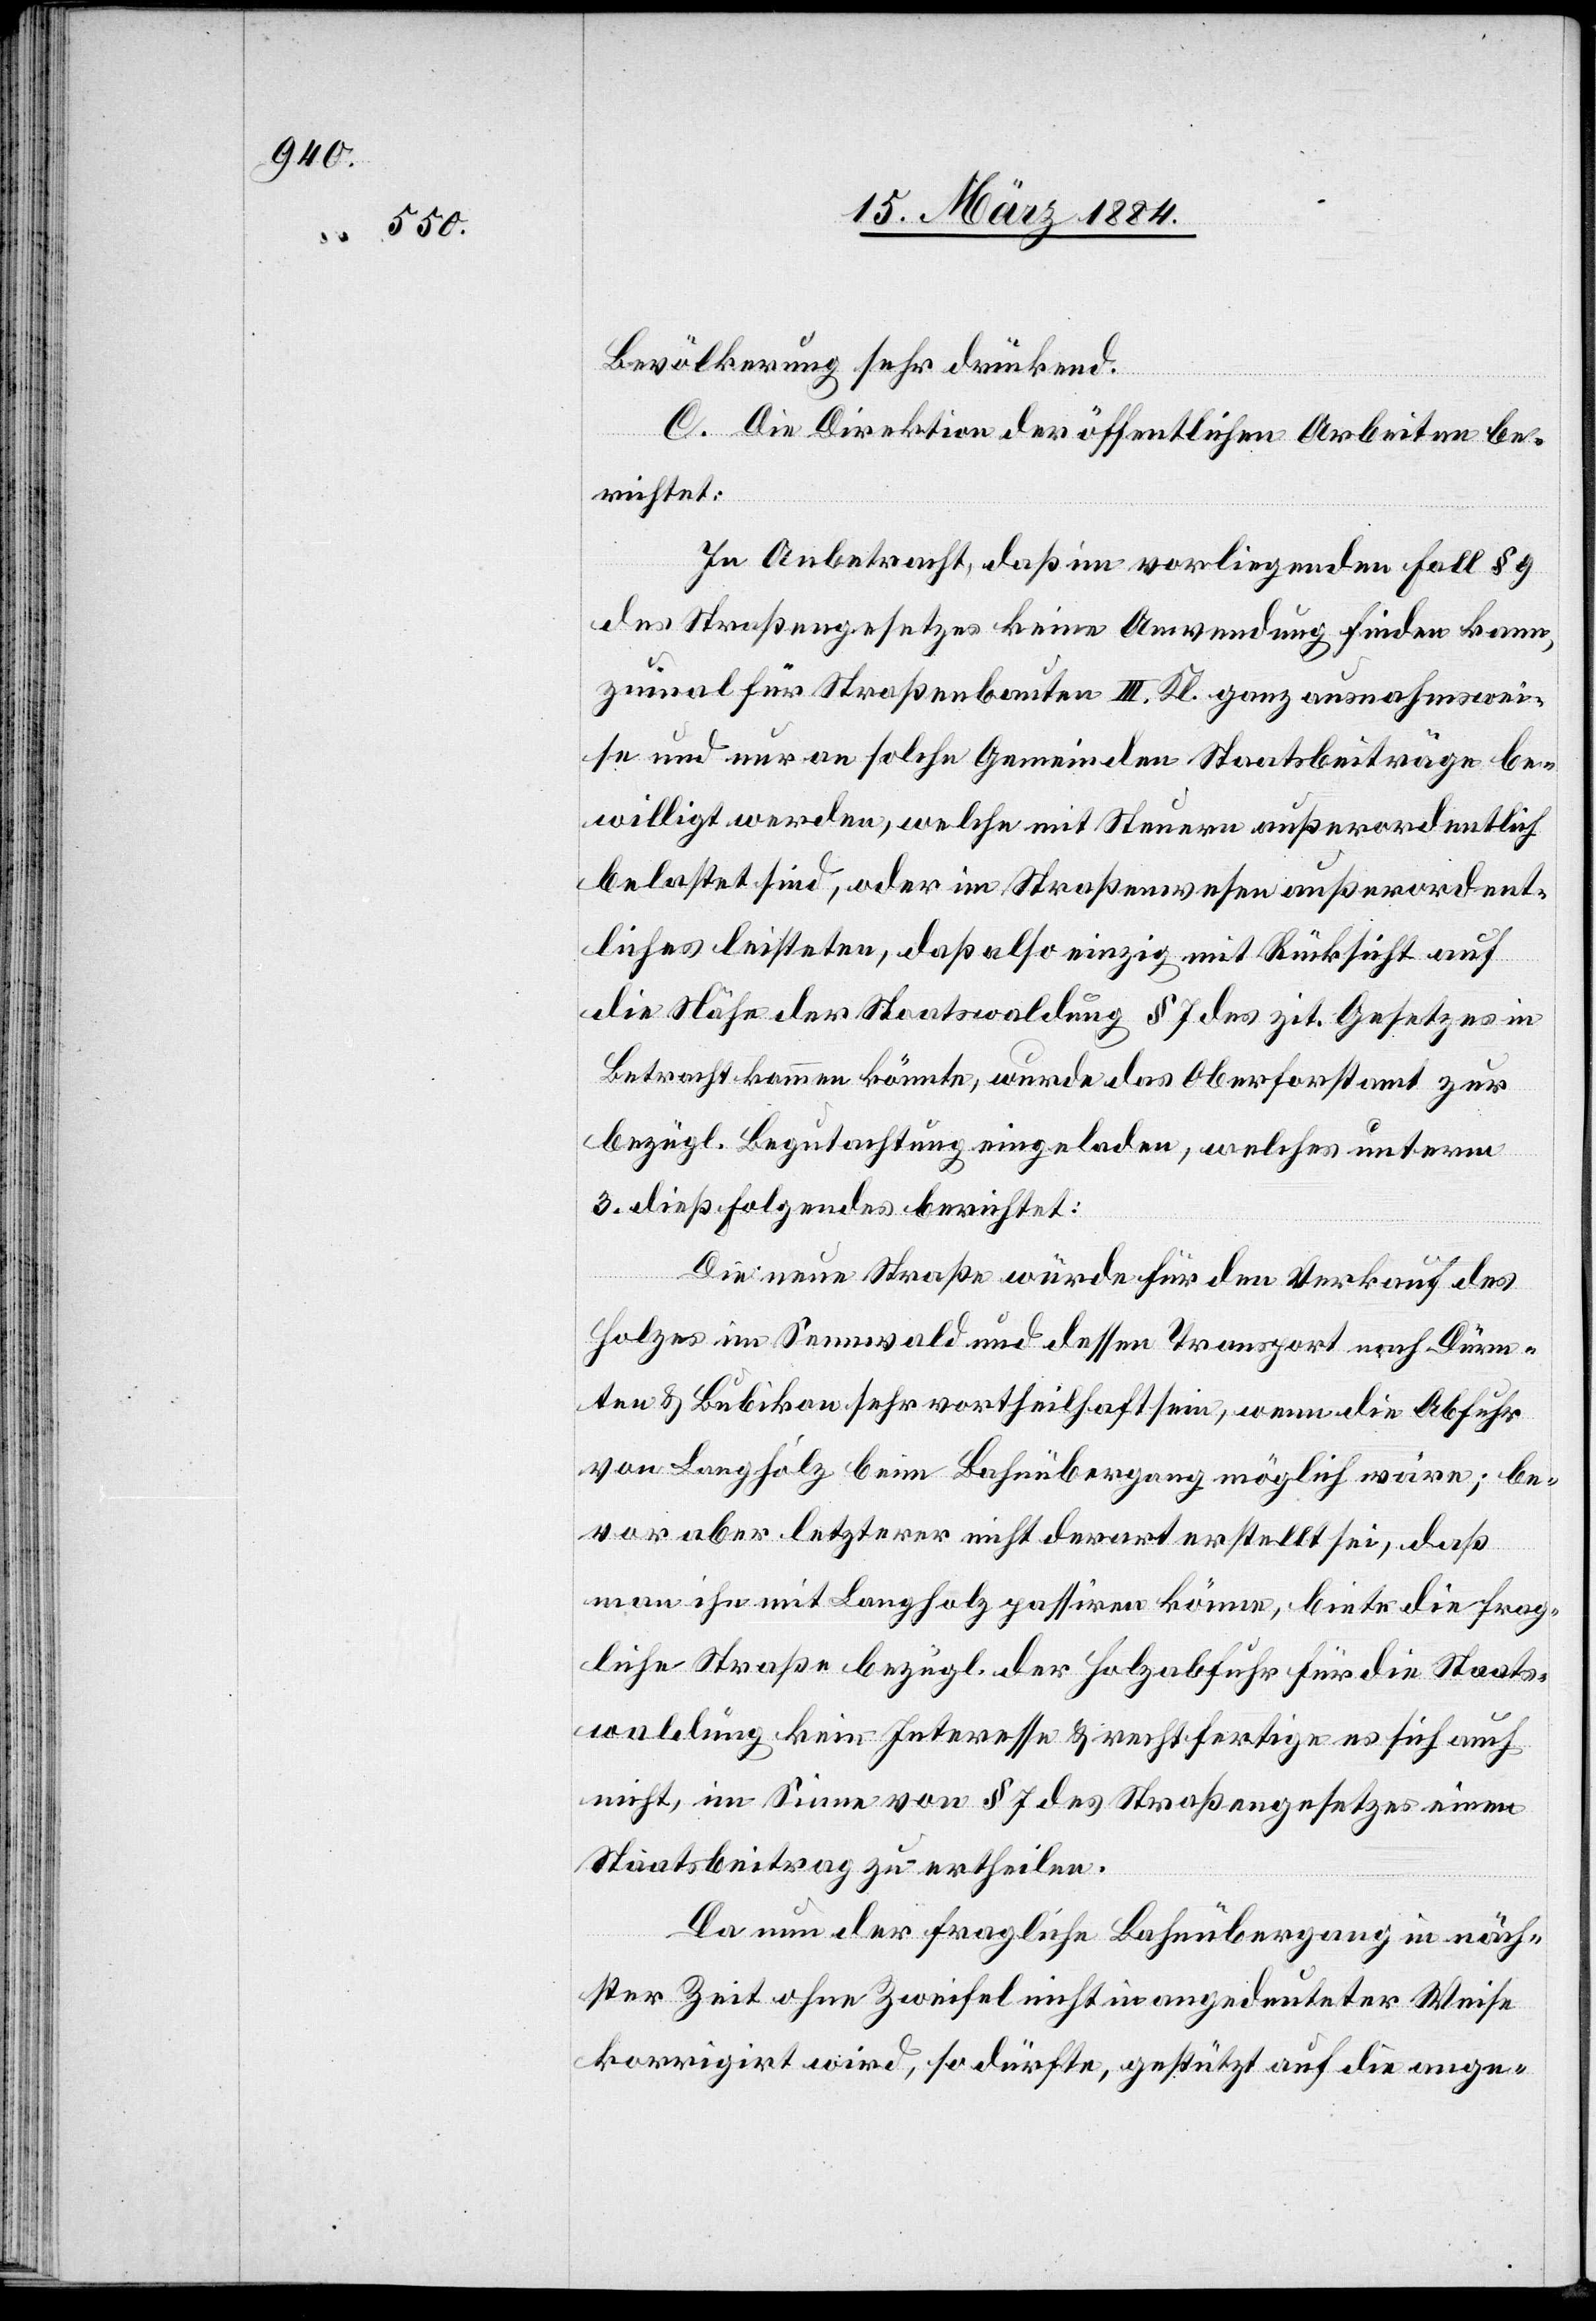
Bevölkerung sehr drückend.
C. Die Direktion der öffentlichen Arbeiten be¬
richtet:
In Anbetracht, daß im vorliegenden Fall § 9
des Straßengesetzes keine Anwendung finden kann,
zumal für Straßenbauten III. Kl. ganz ausnahmswei¬
se und nur an solche Gemeinden Staatsbeiträge be¬
willigt werden, welche mit Steuern außerordentlich
belastet sind, oder im Straßenwesen Außerordent¬
liches leisteten, daß also einzig mit Rücksicht auf
die Nähe der Staatswaldung § 7 des zit. Gesetzes in
Betracht kommen könnte, wurde das Oberforstamt zur
bezügl. Begutachtung eingeladen, welches unterm
3. dieß Folgendes berichtet:
Die neue Straße würde für den Verkauf des
Holzes im Sennwald und dessen Transport nach Dürn¬
ten & Bubikon sehr vorteilhaft sein, wenn die Abfuhr
von Langholz beim Bahnübergang möglich wäre; be¬
vor aber letzterer nicht derart erstellt sei, daß
man ihn mit Langholz passiren könne, biete die frag¬
liche Straße bezügl. der Holzabfuhr für die Staats¬
waldung kein Interesse & rechtfertige es sich auch
nicht, im Sinne von § 7 des Straßengesetzes einen
Staatsbeitrag zu ertheilen.
Da nun der fragliche Bahnübergang in näch¬
ster Zeit ohne Zweifel nicht in angedeuteter Weise
korrigirt wird, so dürfte, gestützt auf die ange-